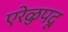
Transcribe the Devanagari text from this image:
एरेळुपदू